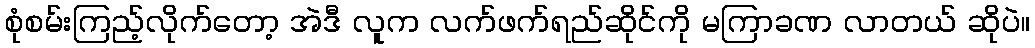
စုံစမ်းကြည့်လိုက်တော့ အဲဒီ လူက လက်ဖက်ရည်ဆိုင်ကို မကြာခဏ လာတယ် ဆိုပဲ။